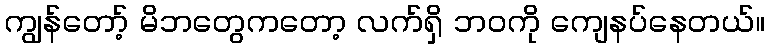
ကျွန်တော့် မိဘတွေကတော့ လက်ရှိ ဘဝကို ကျေနပ်နေတယ်။